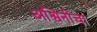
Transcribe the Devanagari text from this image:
अश्विनीचा